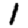
Digit: 1